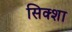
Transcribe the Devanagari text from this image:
सिक्शा